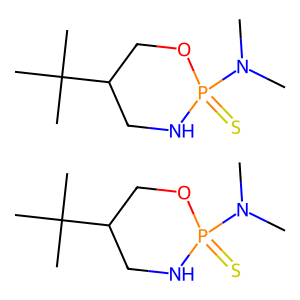
SMILES: CN(C)P1(=S)NCC(C(C)(C)C)CO1.CN(C)P1(=S)NCC(C(C)(C)C)CO1
Inhibits HIV replication: No